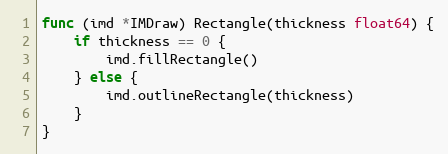
Language: Go
func (imd *IMDraw) Rectangle(thickness float64) {
	if thickness == 0 {
		imd.fillRectangle()
	} else {
		imd.outlineRectangle(thickness)
	}
}